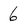
Character: 6